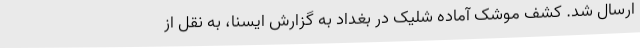
ارسال شد. کشف موشک آماده شلیک در بغداد به گزارش ایسنا، به نقل از